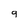
Character: 9